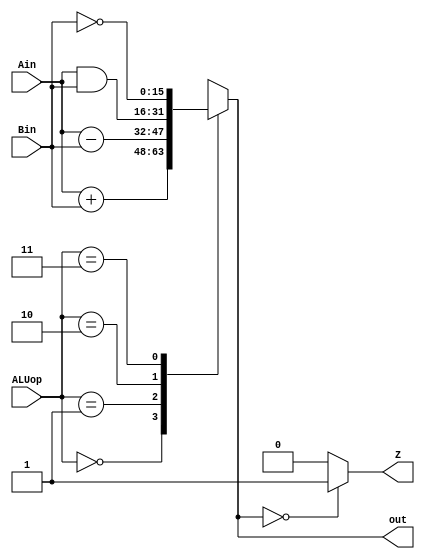

module ALU(Ain,Bin,ALUop,out,Z);
input [15:0] Ain, Bin;
input [1:0] ALUop;
output [15:0] out;
output Z;

reg [15:0] out;
reg Z;

always@(*)begin

case (ALUop)//operation decided by the input of ALU

2'b00:  out = Ain + Bin; //ALU = 00// Adds A and B
2'b01:  out = Ain - Bin; //ALU = 01// Subtracts B from A
2'b10:  out = Ain & Bin; //ALU = 10// ANDs A and B
2'b11:  out = ~Bin;     //ALU = 11// NOTs B

default: out = 16'bx;
endcase

if(out == 16'b0)begin
 Z = 1;
end else begin
 Z = 0;
end
end

endmodule